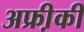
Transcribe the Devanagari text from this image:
अफ्री़की